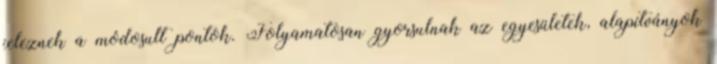
jeleznek a módosult pontok. Folyamatosan gyorsulnak az egyesületek, alapítványok